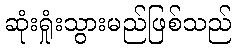
ဆုံးရှုံးသွားမည်ဖြစ်သည်